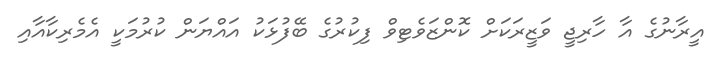
އީރާނުގެ އާ ހާރިޖީ ވަޒީރަކަށް ކޮންޒަވެޓިވް ފިކުރުގެ ބޭފުޅަކު އައްޔަން ކުރުމަކީ އެމެރިކާއާއި